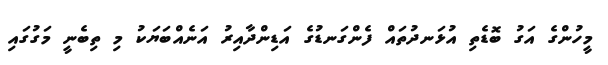
މީހުންގެ އަގު ބޮޑެތި އުޅަނދުތައް ފެންގަނޑުގެ އަޑިންދާއިރު އަނެއްބަޔަކު މި ތިބެނީ މަގުގައި